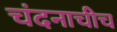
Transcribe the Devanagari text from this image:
चंदनाचीच